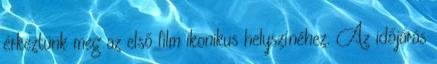
érkeztünk meg az első film ikonikus helyszínéhez. Az időjárás